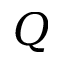
\boldsymbol { Q }